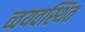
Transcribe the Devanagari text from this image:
व्वयवस्थित